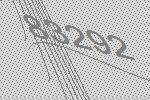
83292